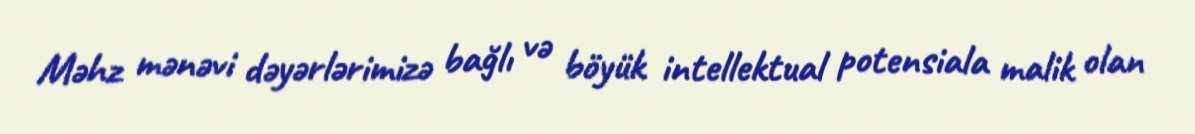
Məhz mənəvi dəyərlərimizə bağlı və böyük intellektual potensiala malik olan